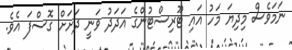
ނަމަވެސް މިދިޔަ މަހު އައި ޓޫރިސްޓުންގެ އަދަދު ވަނީ ދަށަށް ގޮސްފަ އެވެ.